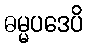
ဓမ္မပဒေပိ